Vaccine operations Central Provinces 1868-1885 - 1868-1885
Year: 1868
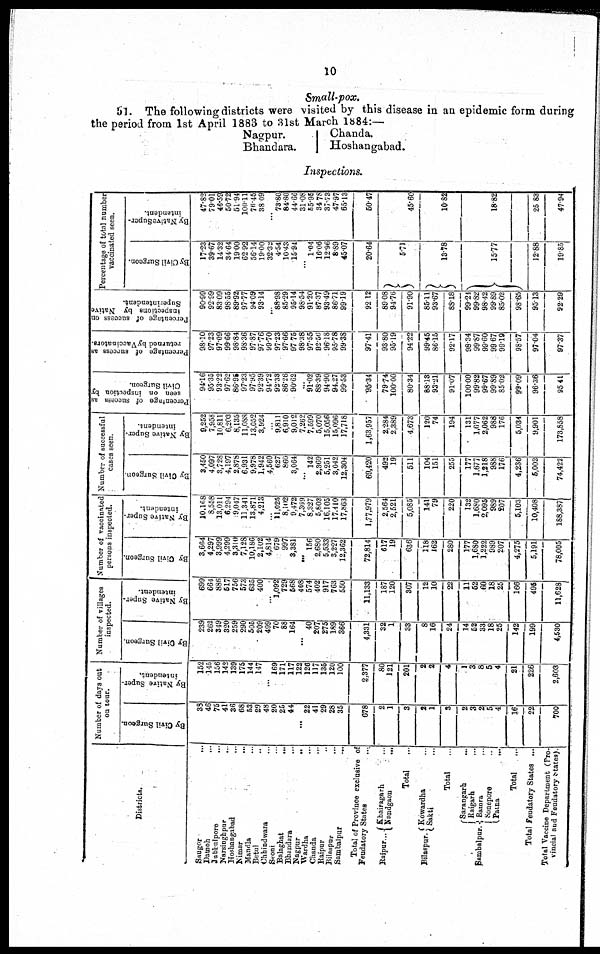
10
Small-pox.
51. The following districts were visited by this disease in an epidemic form during
the period from 1st April 1883 to 31st March 1884:—
Nagpur.
Bhandara.
Chanda.
Hoshangabad.
Inspections.
Districts.
Saugor ...
Dawoh
...
Jubbulpore ...
Narsinghpur
...
Hoshangabad ...
Nimar
...
Mandla ...
Betul ...
Chhindwara ...
Seoni ...
Salaghat ...
Bhandara ...
Nagpur ...
Wardha ...
Chanda ...
Raipur ...
Bilaspur ...
Sambalpur ...
Total of Province exclusive of
Feudatory States ...
Raipur...
Bilaspur.
Khairagarh ...
Nandgaon
...
Total
...
Kowardha ...
Sakti ...
Total ...
Sambalpur.
Sarangarh
...
Raigarh
...
Bamra
...
Sonepore ...
Patna
...
Total ...
Total Feudatory States ...
Total Vaccine Department (Pro¬
vincial and Feudatory States).
Number of days out
on tour.
By Civil Surgeon.
38
46
75
41
36
68
53
29
48
20
25
44
...
22
41
29
28
35
678
2
1
3
2
1
3
2
3
2
5
4
16
22
700
By Native Super¬
intendent.
152
145
156
142
139
175
144
147
...
169
171
117
122
120
117
135
120
100
2,377
80
121
201
2
2
4
1
3
8
5
4
21
226
2,603
Number of villages
inspected.
By Civil Surgeon.
239
262
349
320
259
290
505
209
499
70
88
164
...
40
207
275
189
366
4,331
32
1
33
8
16
24
14
52
33
18
25
142
199
4,530
By Native Super-
intendent.
699
664
886
517
756
573
635
400
...
1,092
729
568
408
574
402
917
763
550
11,133
187
120
307
12
10
22
11
52
60
18
25
166
495
11,628
Number of vaccinated
persons inspected.
By Civil Surgeon.
3,664
4,297
3,999
4,299
3,310
7,128
10,186
2,102
4,814
679
997
3,381
...
156
2,680
5,533
3,227
12,362
72,814
617
19
636
118
162
280
177
1,680
1,222
989
207
4,275
5,191
78,005
By Native Super-
intendent.
10,168
8,558
13,011
6,294
9,047
11,341
13,871
4,213
...
11,025
8,102
9,472
7,369
8,327
5,803
16,105
17,410
17,863
1,77,979
2,564
2,521
5,085
141
79
220
132
1,680
2,095
989
207
5,103
10,408
188,387
Number of successful
cases seen.
By Civil Surgeon.
3,450
4,097
3,728
4,197
2,878
6,931
9,978
1,942
4,560
627
860
3,064
...
142
2,369
5,251
3,042
12,304
69,420
492
19
511
104
151
255
177
1,677
1,218
988
176
4,236
5,002
74,422
By Native Super-
intendent.
9,252
7,958
10,811
6,203
8,135
11,088
13,052
3,924
...
9,811
6,910
9,012
7,262
7,599
5,070
15,056
15,096
17,718
1,63,957
2 284
2,389
4,673
120
74
194
131
1,677
2,062
988
176
5,034
9,901
173,858
Percentage of success as
seen on inspection by
Civil Surgeon.
94.16
95.35
93.22
97.62
86.95
97.23
97.95
92.39
94.72
92.33
86.26
90.62
...
91.02
88.39
94.90
94.27
99.53
95.34
79.74
100.00
80.34
88.13
93.21
91.07
100.00
99.82
99.67
99.89
85.02
99.09
96.36
95.41
Percentage of success as
returned by Vaccinators.
98.10
97.23
97.09
99.66
98.84
98.36
97.87
97.76
99.70
97.23
97.66
97.75
98.38
97.55
92.56
96.18
95.78
99.38
97.41
93.80
95.19
94.22
99.45
86.15
92.17
98.34
99.87
99.60
99.67
99.19
98.57
97.04
97.37
Percentage of success on
inspections by Native
Superintendent.
90.99
92.99
83.09
98.55
89.92
97.77
94.09
93.14
...
88.98
85.29
95.14
98.54
91.20
87.37
93.49
86.71
99.19
92.12
89.08
94.76
91.90
86.11
93.67
88.18
99.24
99.82
98.42
99.89
85.02
98.65
95.13
92.29
Percentage of total number
vaccinated seen.
By Civil Surgeon.
17.23
39.67
14.32
34.64
19.00
62.92
56.14
19.00
32.32
4.54
10.43
15.94
...
1.04
16.06
12.96
8.89
45.07
20.64
5.71
13.78
15.77
12.88
19.85
By Native Super¬
intendent.
47.82
79.01
46.59
50.72
51.94
100.11
76.45
38.09
...
73.80
84.80
44.66
31.08
55.95
34.78
37.73
47.97
65.13
50.47
45.60
10.82
18.82
25.83
47.94